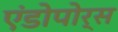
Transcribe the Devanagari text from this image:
एंडोपोर्स